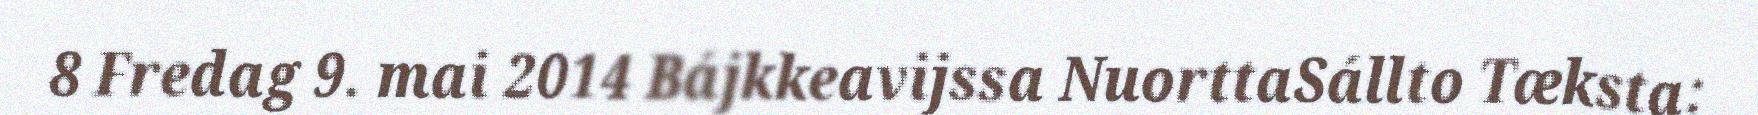
8 Fredag 9. mai 2014 Bájkkeavijssa NuorttaSállto Tæksta: